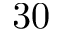
3 0